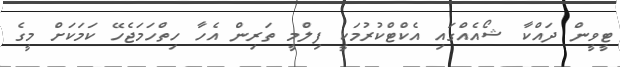
ޓީވީން ދައްކާ ޝޯއެއްގައި އެކްޓްކުރުމަކީ ފިލްމީ ތަރިން އެހާ ހިތްހަމަޖެހޭ ކަމަކަށް މީގެ